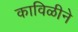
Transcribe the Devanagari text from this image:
काविळीने